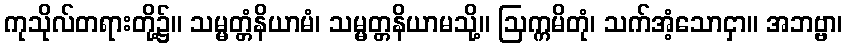
ကုသိုလ်တရားတို့၌။ သမ္မတ္တံနိယာမံ၊ သမ္မတ္တနိယာမသို့။ ဩက္ကမိတုံ၊ သက်အံ့သောငှာ။ အဘဗ္ဗာ၊